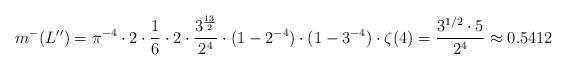
LaTeX: \begin{align*}m^{-}(L'')=\pi^{-4}\cdot 2\cdot \frac{1}{6}\cdot 2\cdot \frac{3^\frac{13}{2}}{2^4}\cdot (1-2^{-4})\cdot (1-3^{-4})\cdot \zeta(4)=\frac{3^{1/2}\cdot 5}{2^4}\approx 0.5412\end{align*}